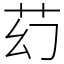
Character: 䒛